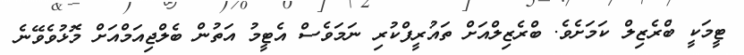
ޓީމަކީ ބްރެޒިލް ކަމަށެވެ. ބްރެޒިލްއަށް ތައުރީފްކުރި ނަމަވެސް އެޓީމު އަތުން ބެލްޖިއަމްއަށް މޮޅުވެވޭނެ